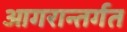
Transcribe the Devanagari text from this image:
आगरान्तर्गत